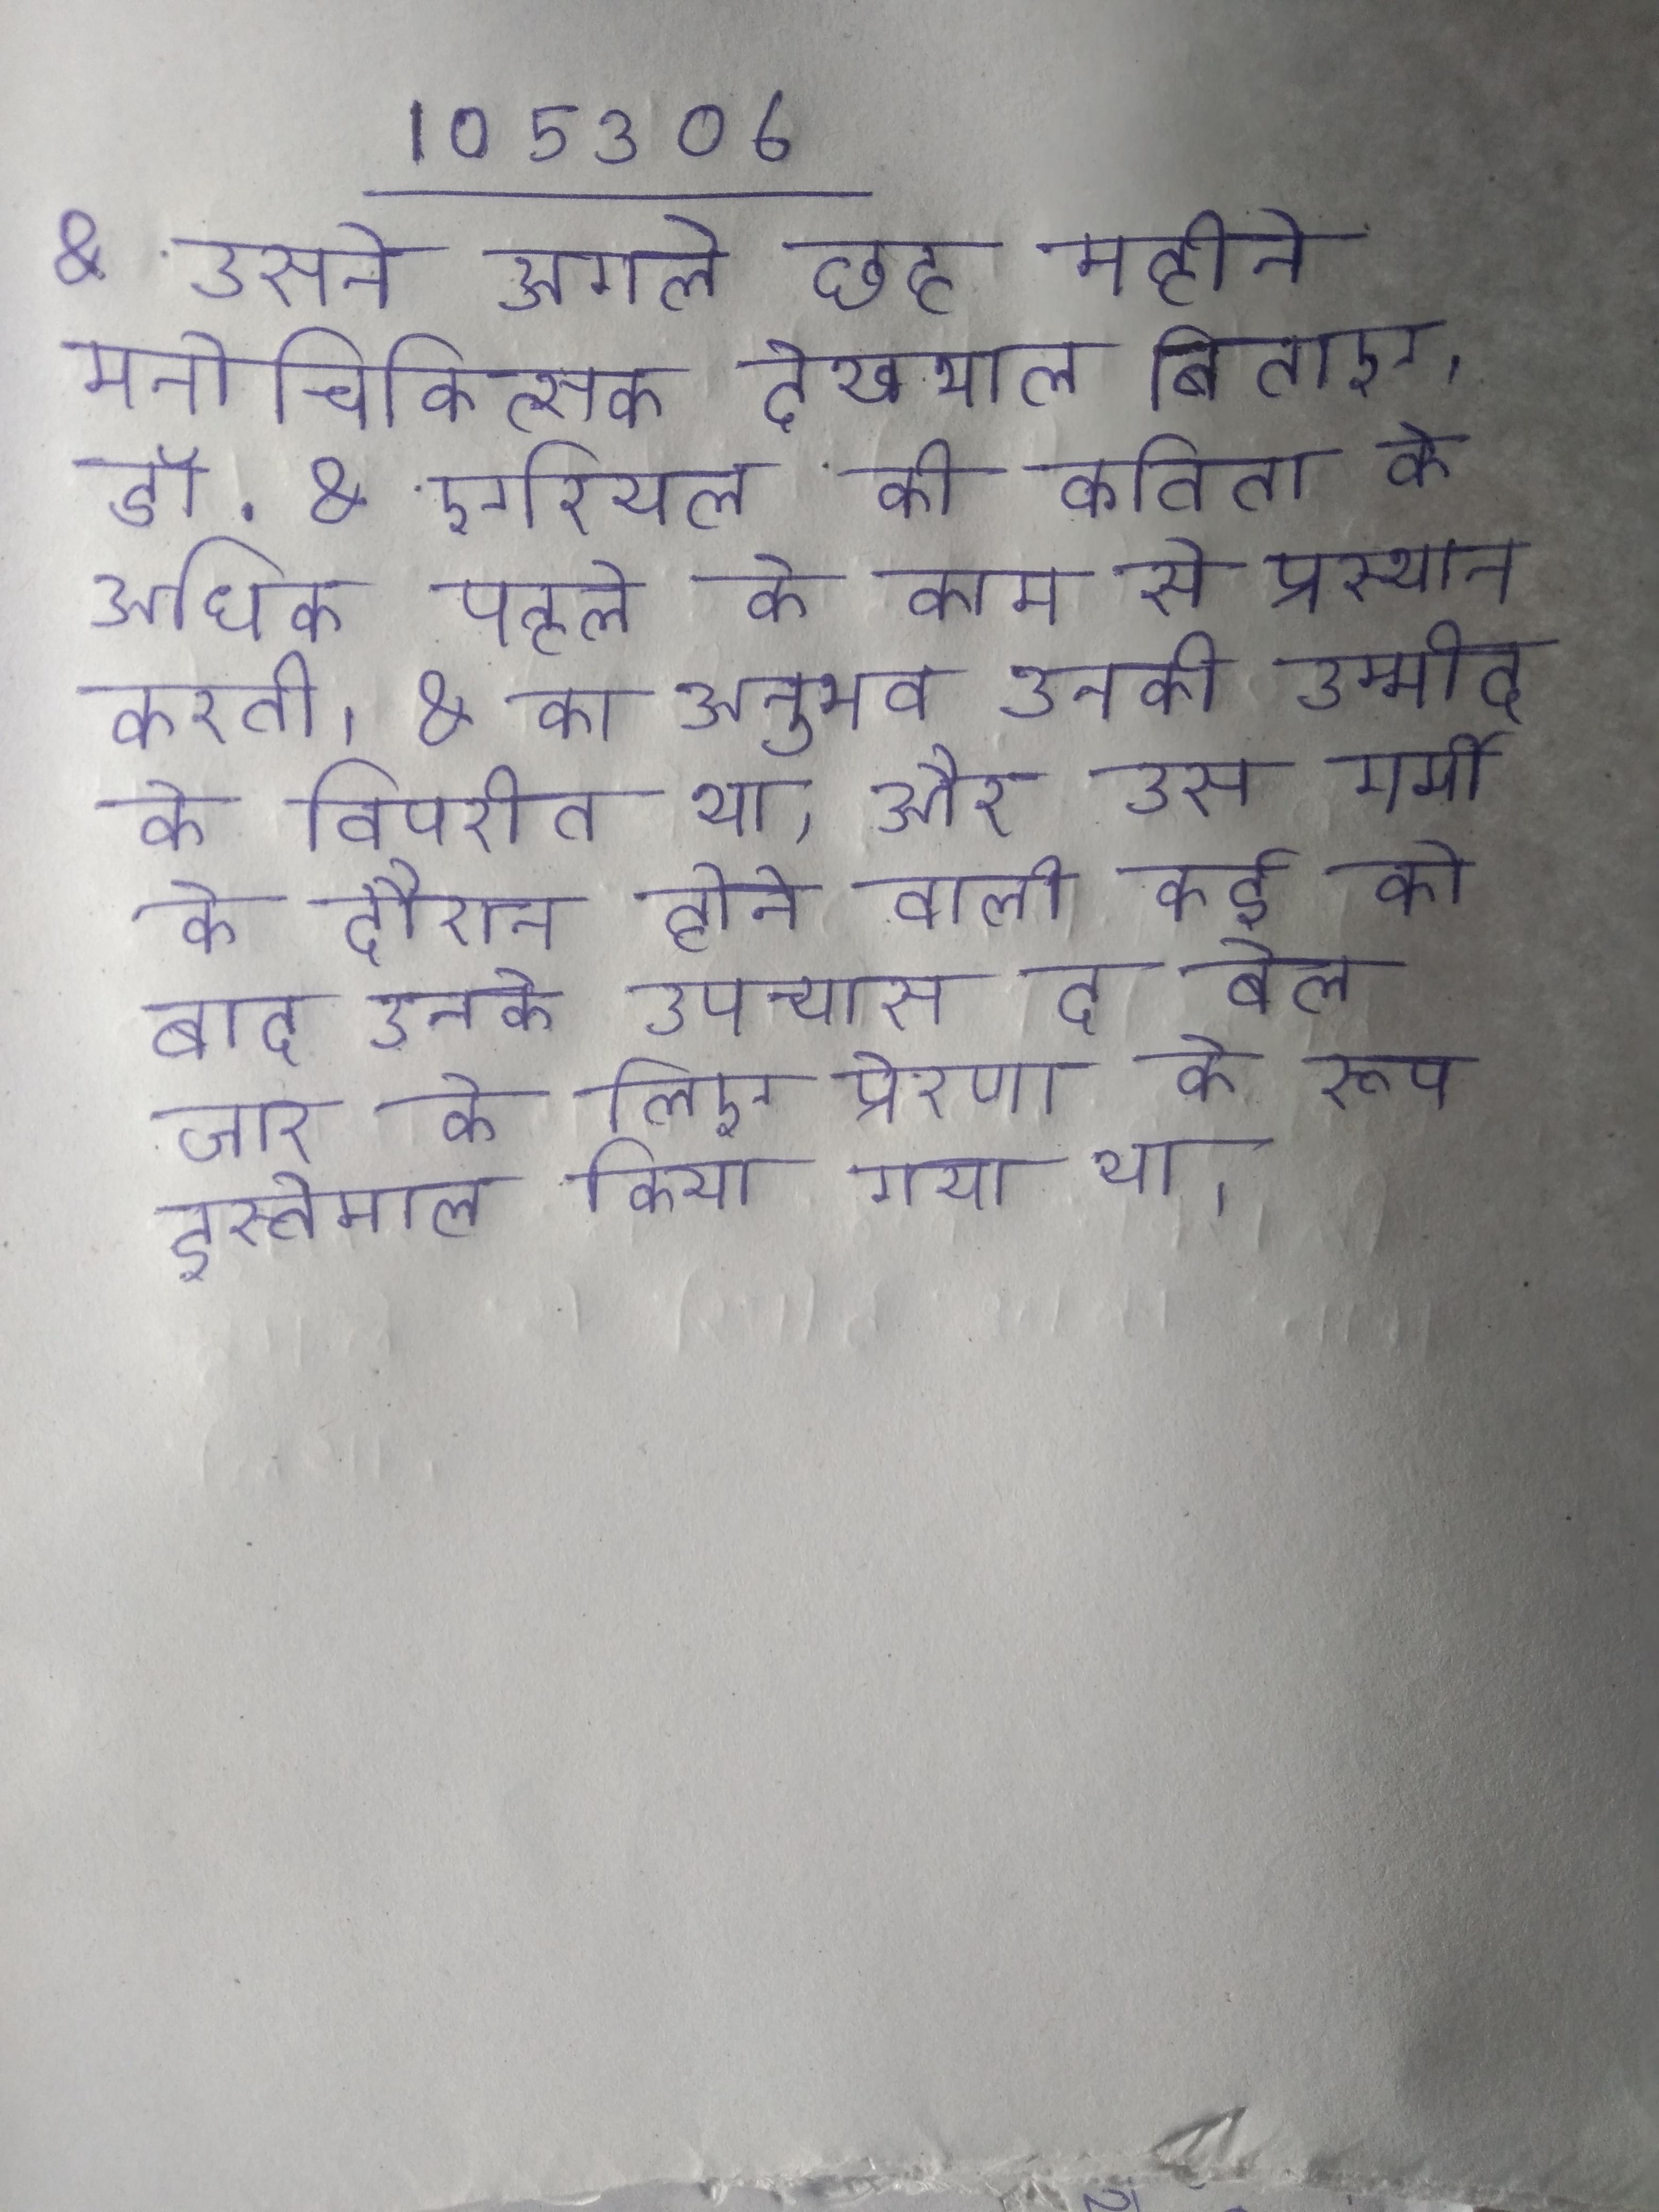
& उसने अगले छह महीने मनोचिकित्सक देखभाल बिताए, डॉ . & एरियल की कविता के अधिक व्यक्तिगत क्षेत्र उसके पहले के काम से प्रस्थान करती । & का अनुभव उनकी उम्मीद के विपरीत था, और उस गर्मी के दौरान होने वाली कई को बाद उनके उपन्यास द बेल जार के लिए प्रेरणा के रूप इस्तेमाल किया गया था ।